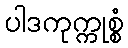
ပါဒကုက္ကုစ္စံ